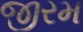
જીરમ